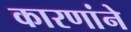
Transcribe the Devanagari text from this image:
कारणांने